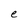
Character: e